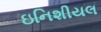
ઇનિશીયલ